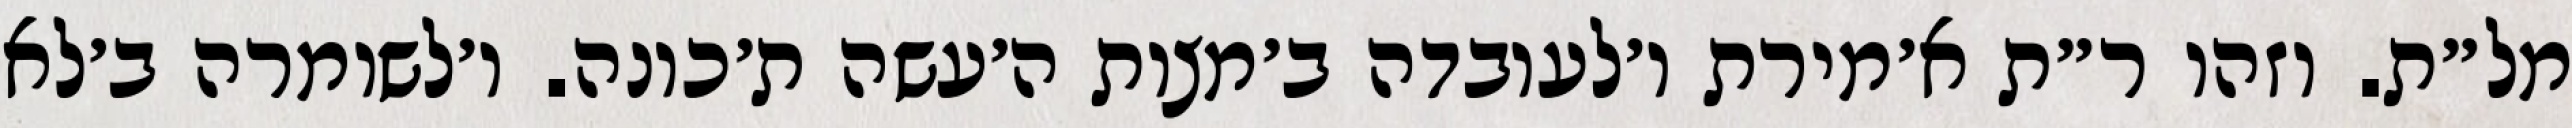
מל״ת. וזהו ר״ת א׳מירת ו׳לעובדה ב׳מצות ה׳עשה ת׳כונה. ו׳לשומרה ב׳לא